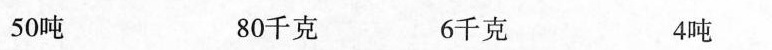
50吨 80千克 6千克 4吨